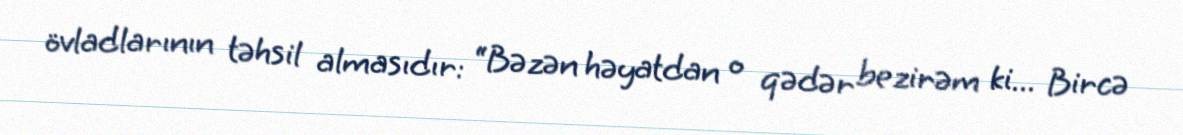
övladlarının təhsil almasıdır: “Bəzən həyatdan o qədər bezirəm ki... Bircə